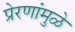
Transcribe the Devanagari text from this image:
प्रेरणांमुळे